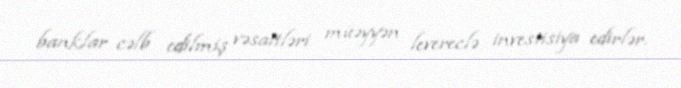
banklar cəlb edilmiş vəsaitləri müəyyən levereclə investisiya edirlər.